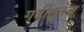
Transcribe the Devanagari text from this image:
गर्दीतूनच